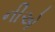
નીએ